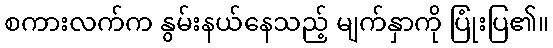
စကားလက်က နွမ်းနယ်နေသည့် မျက်နှာကို ပြုံးပြ၏။